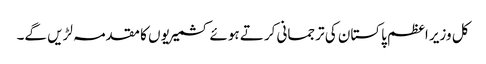
کل وزیر اعظم پاکستان کی ترجمانی کرتے ہوئے کشمیریوں کا مقدمہ لڑیں گے۔